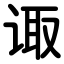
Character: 诹